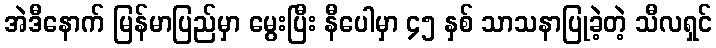
အဲဒီနောက် မြန်မာပြည်မှာ မွေးပြီး နီပေါမှာ ၄၅ နှစ် သာသနာပြုခဲ့တဲ့ သီလရှင်